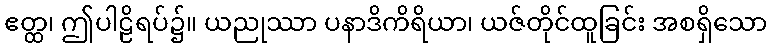
ဧတ္ထ၊ ဤပါဠိရပ်၌။ ယညုဿာ ပနာဒိကိရိယာ၊ ယဇ်တိုင်ထူခြင်း အစရှိသော